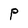
Character: P